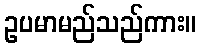
ဥပမာမည်သည်ကား။